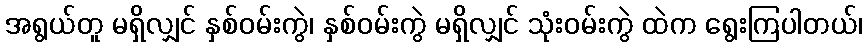
အရွယ်တူ မရှိလျှင် နှစ်ဝမ်းကွဲ၊ နှစ်ဝမ်းကွဲ မရှိလျှင် သုံးဝမ်းကွဲ ထဲက ရွေးကြပါတယ်၊